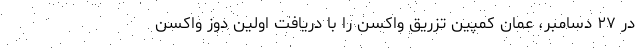
در ۲۷ دسامبر، عمان کمپین تزریق واکسن را با دریافت اولین دوز واکسن